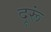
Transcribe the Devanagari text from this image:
दूरूं